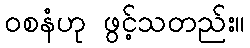
ဝစနံဟု ဖွင့်သတည်း။